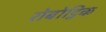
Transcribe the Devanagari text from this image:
रोबोट्निक